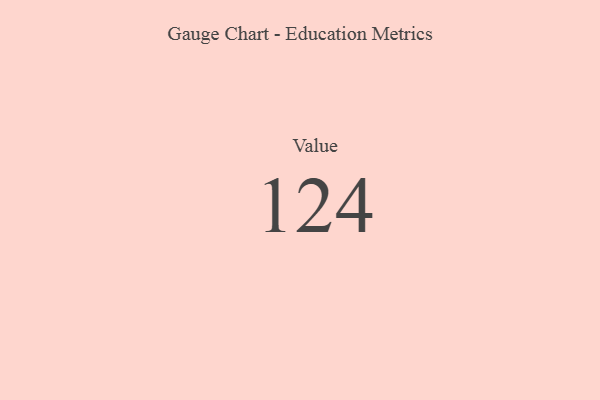
{"axis": {"x": "Metric", "y": "Value"}, "legend": [""], "data": [{"x": "Value", "y": 124, "type": ""}]}